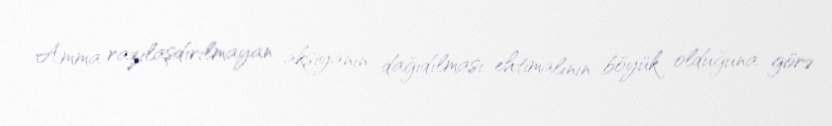
Amma razılaşdırılmayan aksiyanın dağıdılması ehtimalının böyük olduğuna görə